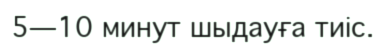
5—10 минут шыдауға тиіс.